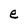
Character: e